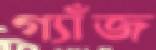
গ্যাঁজ